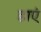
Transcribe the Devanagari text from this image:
डाएं